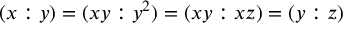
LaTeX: ( x : y ) = ( x y : y ^ { 2 } ) = ( x y : x z ) = ( y : z )